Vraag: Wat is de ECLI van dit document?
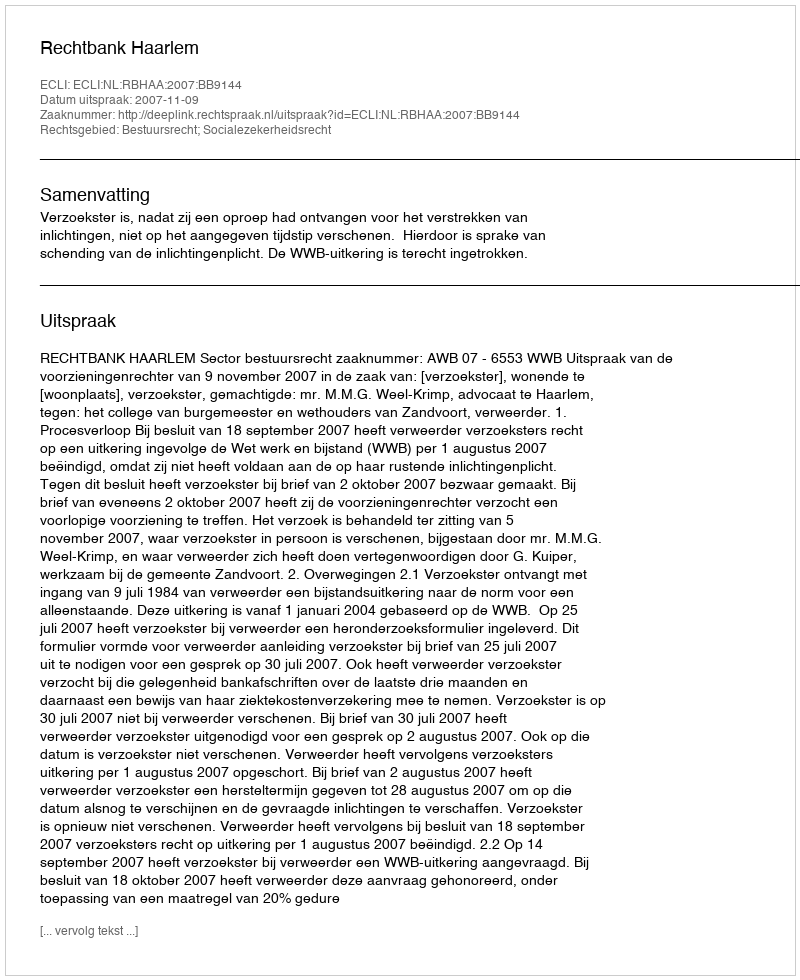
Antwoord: ECLI:NL:RBHAA:2007:BB9144